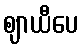
ဈာယီပေ